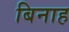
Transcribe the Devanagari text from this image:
बिनाह